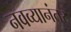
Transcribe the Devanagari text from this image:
नवव्यानंतर